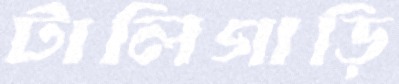
টালিগাড়ি